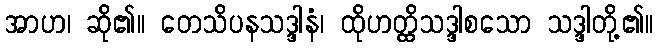
အာဟ၊ ဆို၏။ တေသိပနသဒ္ဒါနံ၊ ထိုဟတ္ထိသဒ္ဒါစသော သဒ္ဒါတို့၏။